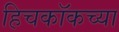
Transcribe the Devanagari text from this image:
हिचकॉकच्या